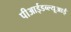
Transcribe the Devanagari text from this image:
पीआईडब्ल्यूआई